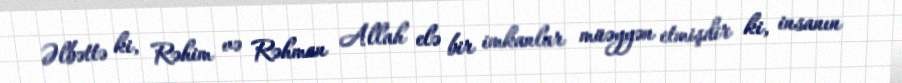
Əlbəttə ki, Rəhim və Rəhman Allah elə bir imkanlar müəyyən etmişdir ki, insanın